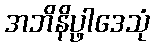
အဘိနိပ္ဖါဒေသုံ